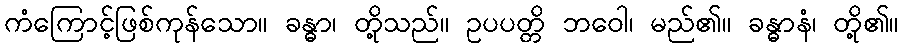
ကံကြောင့်ဖြစ်ကုန်သော။ ခန္ဓာ၊ တို့သည်။ ဥပပတ္တိ ဘဝေါ၊ မည်၏။ ခန္ဓာနံ၊ တို့၏။